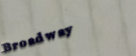
Broadway